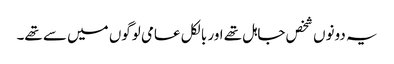
یہ دونوں شخص جاہل تھے اور بالکل عامی لوگوں میں سے تھے۔